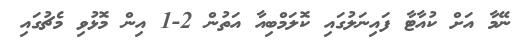
ނޭމާ އަށް ކުއާޓާ ފައިނަލުގައި ކޮލަމްބިއާ އަތުން 2-1 އިން މޮޅުވި މެޗުގައި